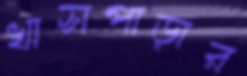
খাসপাড়ার